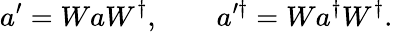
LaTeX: a^{\prime}=WaW^{\dagger},\qquad a^{\prime\dagger}=Wa^{\dagger}W^{\dagger}.